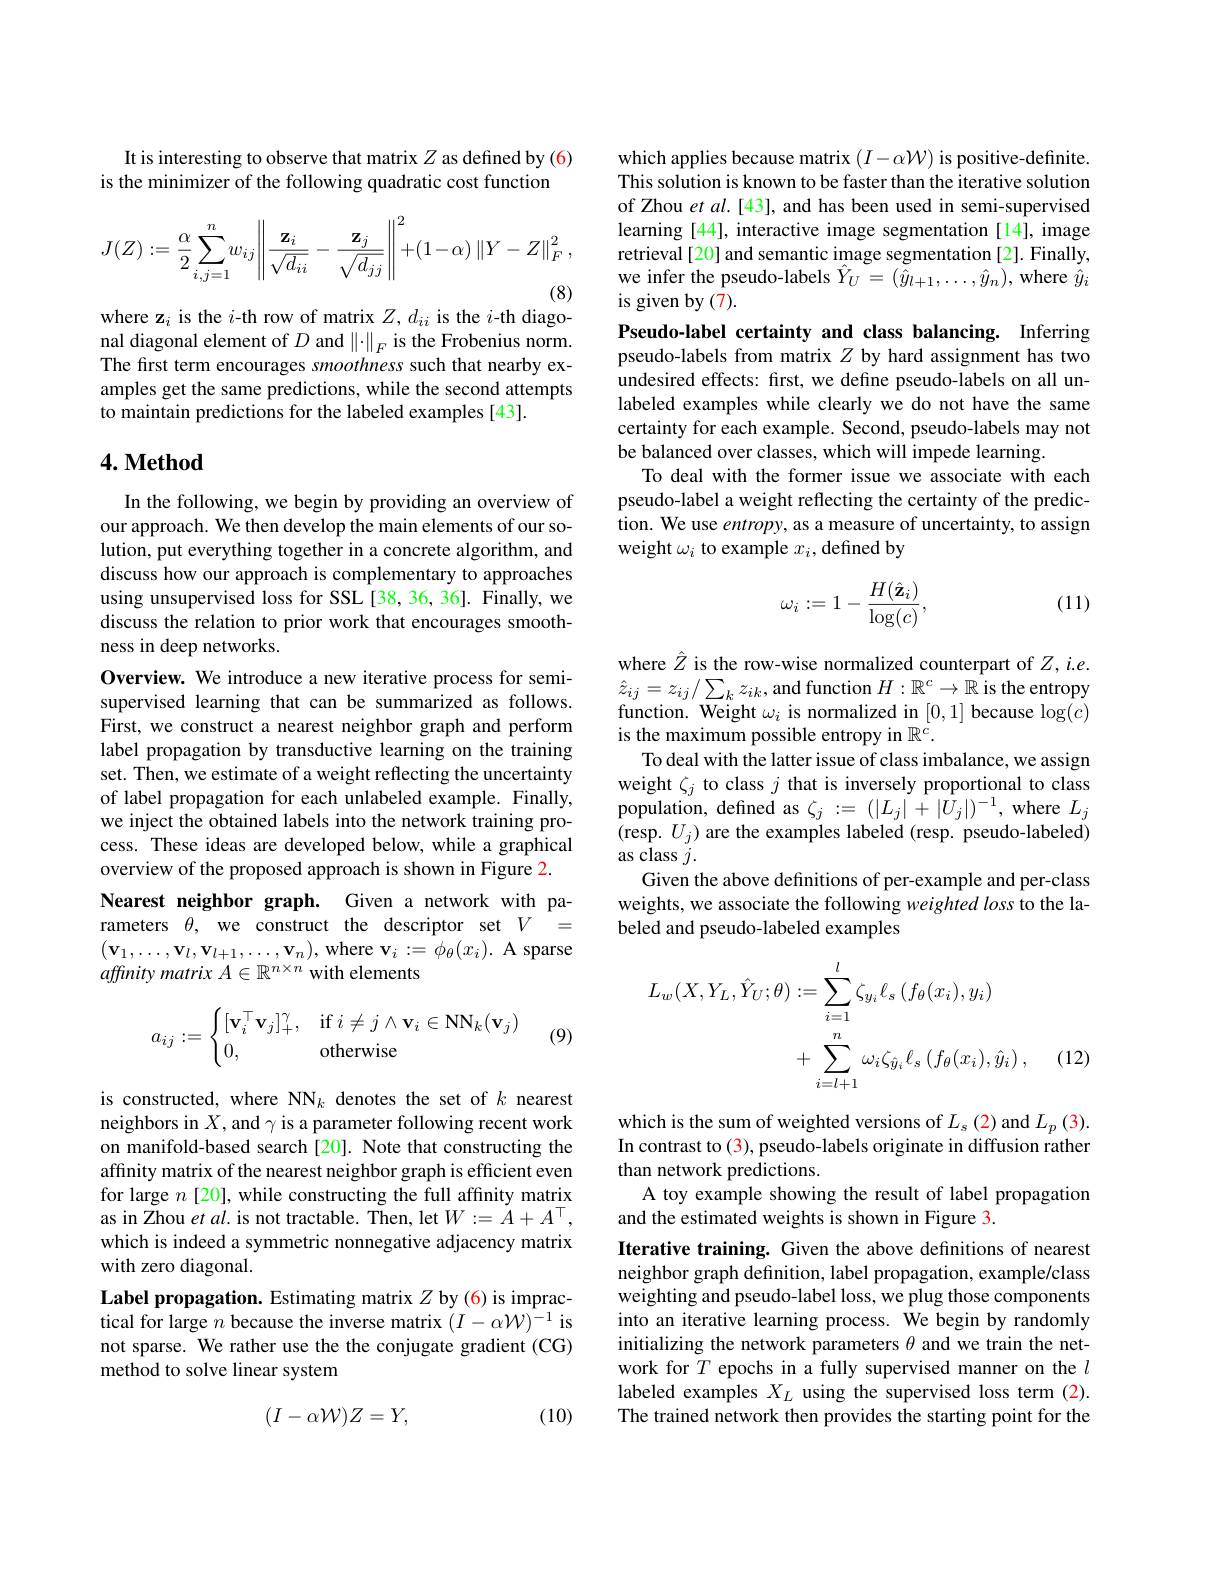
It is interesting to observe that matrix $Z$ as defined by (6) is the minimizer of the following quadratic cost function
$$J(Z):=\frac{\alpha}{2}\sum_{i,j=1}^{n}w_{ij}\left\|\frac{\mathbf{z}_{i}}{\sqrt{d_{ii}}}-\frac{\mathbf{z}_{j}}{\sqrt{d_{jj}}}\right\|^{2}+(1-\alpha)\left\|Y-Z\right\|_{F}^{2},$$
where z$_i$ is the $i$-th row of matrix $Z,d_ii$ is the $i$-th diago-

nal diagonal element of $D$ and $\|\cdot\|_F$ is the Frobenius norm. The first term encourages smoothness such that nearby examples get the same predictions, while the second attempts to maintain predictions for the labeled examples [43].

## $4. \textbf{Method}$

In the following, we begin by providing an overview of our approach. We then develop the main elements of our solution, put everything together in a concrete algorithm, and discuss how our approach is complementary to approaches using unsupervised loss for SSL [38, 36, 36]. Finally, we discuss the relation to prior work that encourages smoothness in deep networks.
Overview. We introduce a new iterative process for semisupervised learning that can be summarized as follows. First, we construct a nearest neighbor graph and perform label propagation by transductive learning on the training set. Then, we estimate of a weight reflecting the uncertainty of label propagation for each unlabeled example. Finally, we inject the obtained labels into the network training process. These ideas are developed below, while a graphical overview of the proposed approach is shown in Figure 2.
Nearest neighbor graph. Given a network with parameters $\theta$, we construct the descriptor set $V=$ $(\mathbf{v}_{1},\ldots,\mathbf{v}_{l},\mathbf{v}_{l+1},\ldots,\mathbf{v}_{n})$,where $\mathbf{v}_i:=\phi_{\theta}(x_{i}).$ A sparse affinity matrix $A\in\mathbb{R}^n\times n$ with elements
$$a_{ij}:=\begin{cases}[\mathbf{v}_i^\top\mathbf{v}_j]^\gamma_+,&\text{if}i\neq j\wedge\mathbf{v}_i\in\mathrm{NN}_k(\mathbf{v}_j)\\0,&\text{otherwise}\end{cases}$$
(9)

is constructed, where NN$_k$ denotes the set of $k$ nearest neighbors in $X$, and $\gamma$ is a parameter following recent work on manifold-based search [20]. Note that constructing the affinity matrix of the nearest neighbor graph is efficient even for large $n$ [20], while constructing the full affinity matrix as in Zhou et $al.$ is not tractable. Then, let $W:=\tilde{A}+A^{\top}$, which is indeed a symmetric nonnegative adjacency matrix with zero diagonal.
Label propagation. Estimating matrix $Z$ by(6) is impractical for large $n$ because the inverse matrix $(I-\alpha\mathcal{W})^-1$ is not sparse. We rather use the the conjugate gradient (CG) method to solve linear system

(10)
$$(I-\alpha\mathcal{W})Z=Y,$$
which applies because matrix $(I-\alpha\mathcal{W})$ is positive-definite. This solution is known to be faster than the iterative solution of Zhou et al.[43], and has been used in semi-supervised learning [44], interactive image segmentation[14], image retrieval[20] and semantic image segmentation [2]. Finally, we infer the pseudo-labels $\hat{Y}_U=(\tilde{y}_{l+1},\ldots,\hat{y}_n)$, where $\dot{\hat{y}}_i$ is given by (7).
Pseudo-label certainty and class balancing. Inferring pseudo-labels from matrix $Z$ by hard assignment has two undesired effects: first, we define pseudo-labels on all unlabeled examples while clearly we do not have the same certainty for each example. Second, pseudo-labels may not be balanced over classes, which will impede learning.
To deal with the former issue we associate with each pseudo-label a weight reflecting the certainty of the prediction. We use entropy, as a measure of uncertainty, to assign weight $\omega_i$ to example $x_i$,defined by
$$\omega_i:=1-\frac{H(\hat{\mathbf{z}}_i)}{\log(c)},$$
(11)

where $\hat{Z}$ is the row-wise normalized counterpart of $Z,i.e.$ $\hat{z}_{ij}=z_{ij}/\sum_{k}z_{ik}$,and function $H:\mathbb{R}^c\to\mathbb{R}$ is the entropy function. Weight $\omega_i$ is normalized in [0,1] because $\log(c)$ is the maximum possible entropy in $\mathbb{R}^c.$
To deal with the latter issue of class imbalance, we assign weight $\zeta_j$ to class $j$ that is inversely proportional to class population, defined as $\zeta_j:=(|L_j|+|U_j|)^{-1}$, where $L_j$ (resp. $U_j)$ are the examples labeled (resp. pseudo-labeled) as class $j.$
Given the above definitions of per-example and per-class weights, we associate the following weighted loss to the labeled and pseudo-labeled examples
$$\begin{aligned}L_{w}(X,Y_{L},\hat{Y}_{U};\theta)&:=\sum_{i=1}^{l}\zeta_{y_{i}}\ell_{s}\:(f_{\theta}(x_{i}),y_{i})\\&+\sum_{i=l+1}^{n}\omega_{i}\zeta_{\hat{y}_{i}}\ell_{s}\:(f_{\theta}(x_{i}),\hat{y}_{i})\:,\end{aligned}$$
(12)

which is the sum of weighted versions of $L_s(2)$ and $L_p(3).$ In contrast to (3), pseudo-labels originate in diffusion rather than network predictions.
A toy example showing the result of label propagation
and the estimated weights is shown in Figure 3.

Iterative training. Given the above definitions of nearest neighbor graph definition, label propagation, example/class weighting and pseudo-label loss, we plug those components into an iterative learning process. We begin by randomly initializing the network parameters $\theta$ and we train the network for $T$ epochs in a fully supervised manner on the $l$ labeled examples $X_L$ using the supervised loss term (2). The trained network then provides the starting point for the